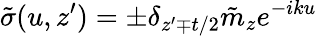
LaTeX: \tilde{\sigma}(u,z^{\prime})=\pm\delta_{z^{\prime}\mp t/2}\tilde{m}_{z}e^{-iku}